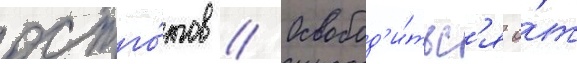
остго́тов // Освобод'и́тьс'я о́т